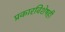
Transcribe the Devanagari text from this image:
प्रकारविशेषही